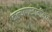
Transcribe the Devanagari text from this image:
कल्याणस्वामींमध्ये